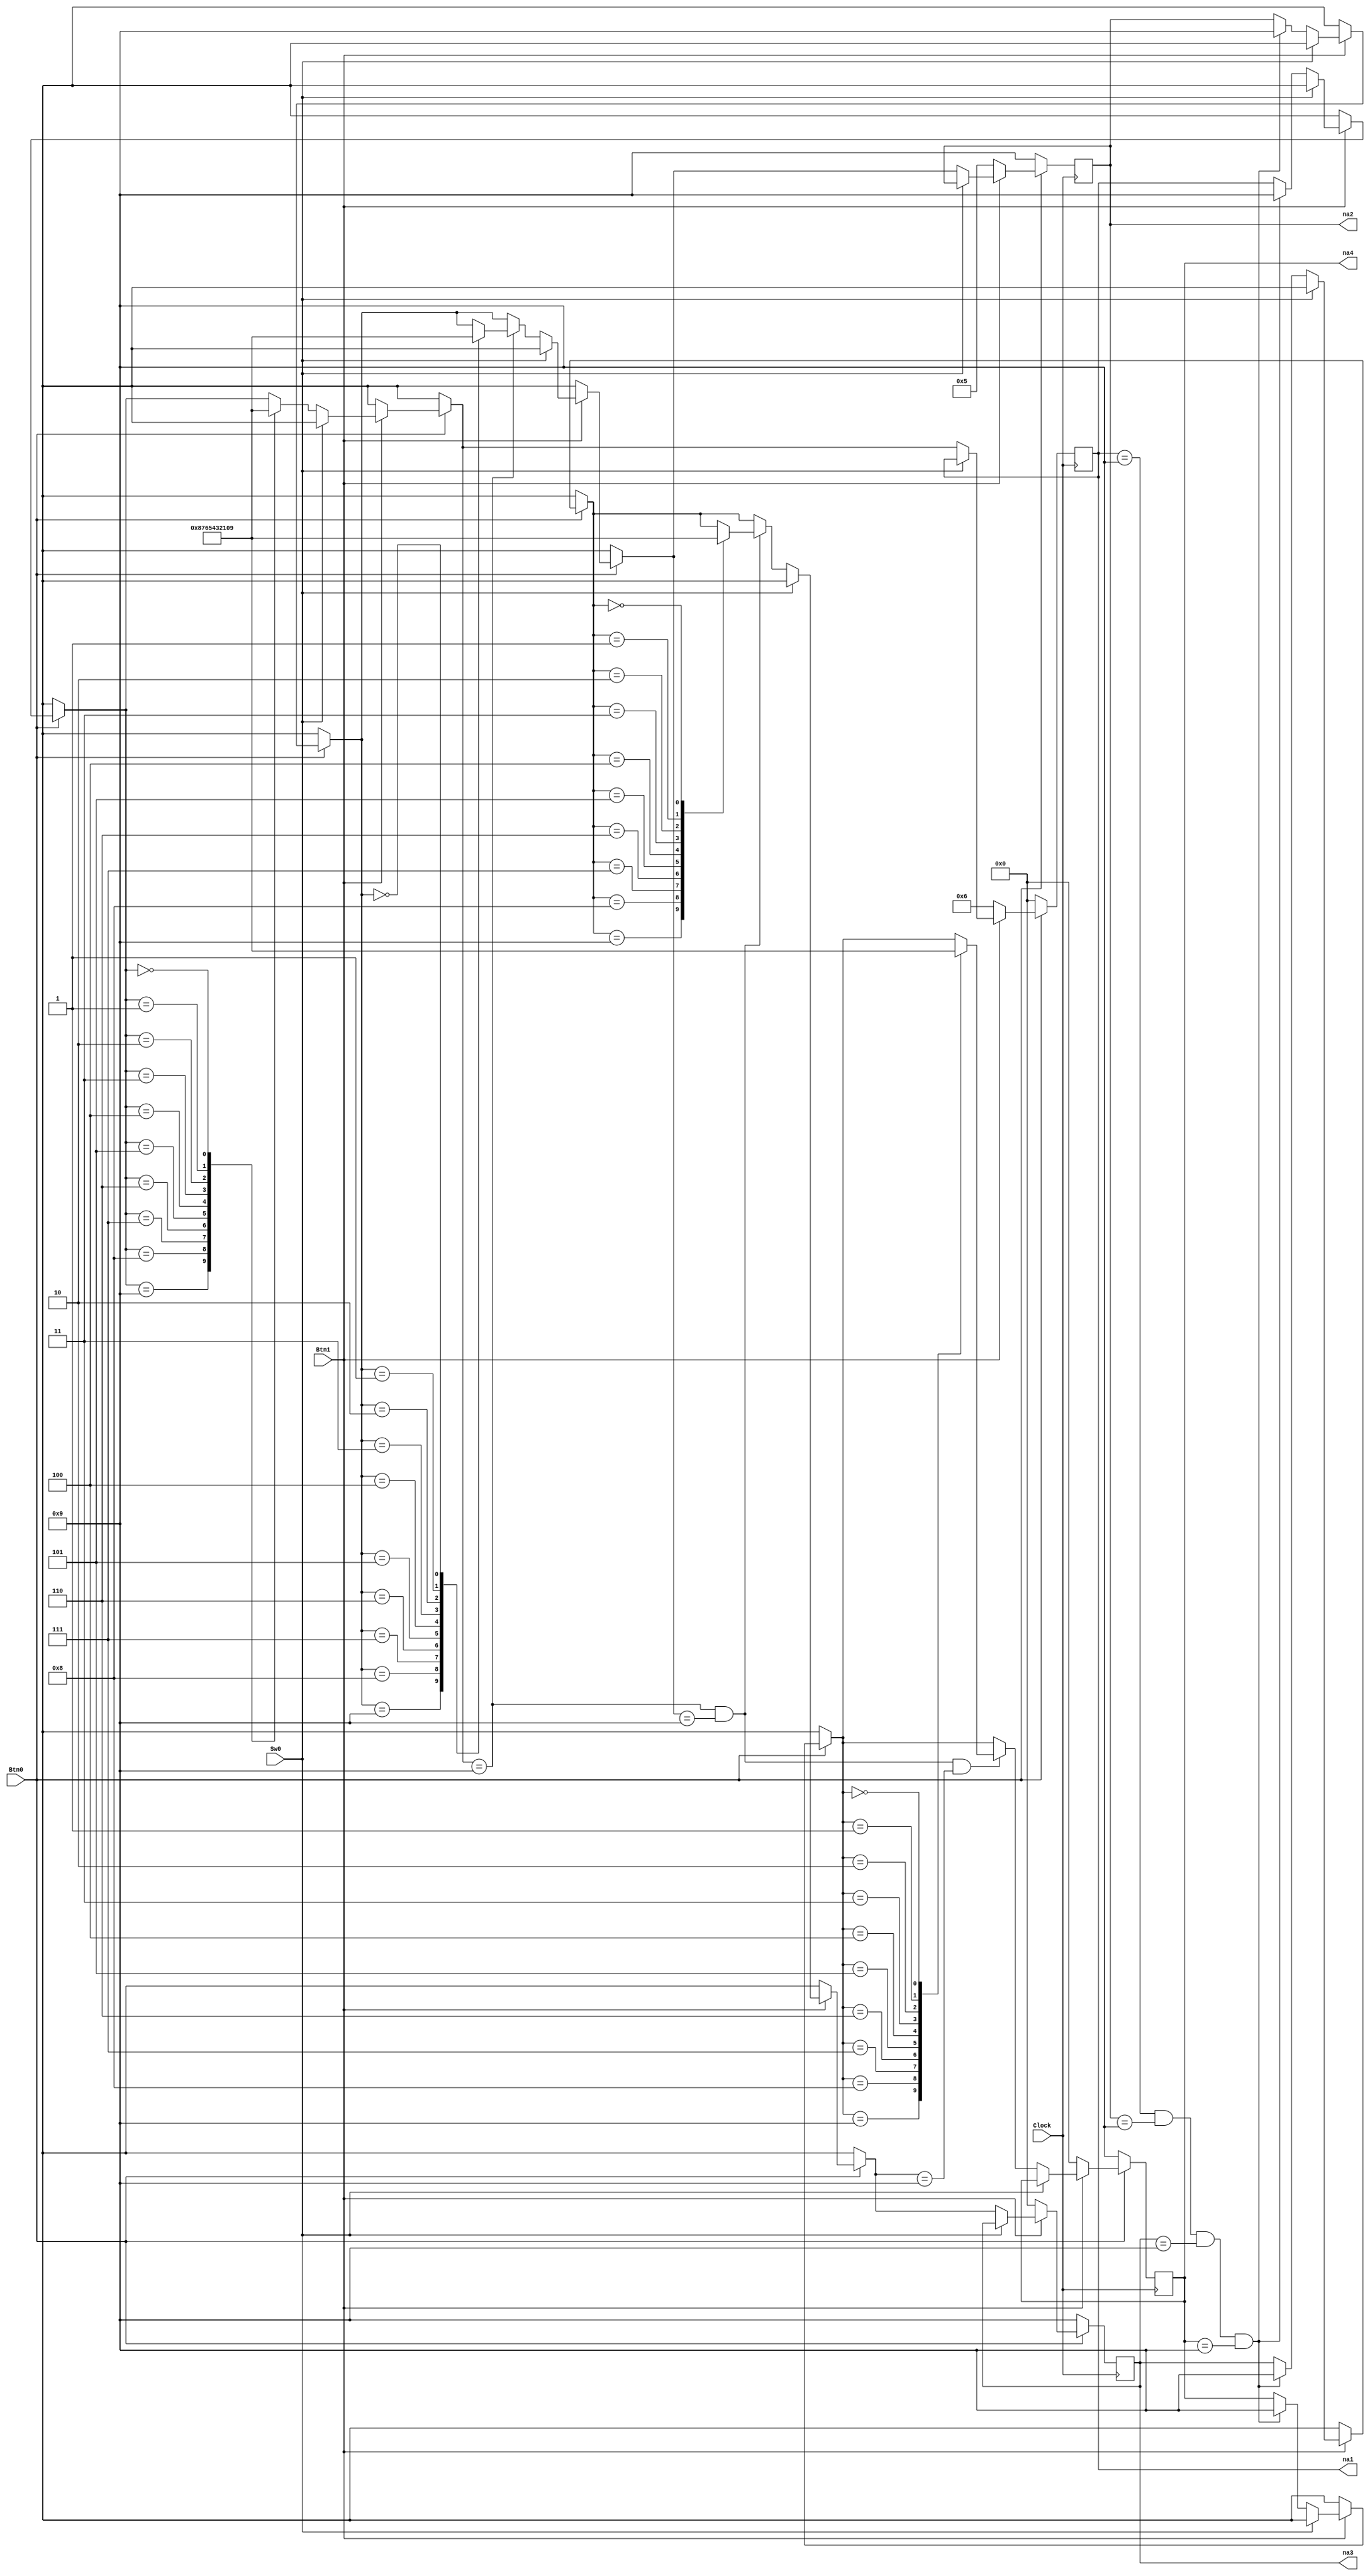
module Projekt(
input Clock,
input Btn0,
input Btn1,
input Sw0,
output reg [3:0] na1,
output reg [3:0] na2,
output reg [3:0] na3,
output reg [3:0] na4
    );

always @(posedge Clock)
	begin
		if(Btn0 == 0)//reset
			begin
				na1 = 4'b0000;	//na prawo
				na2 = 4'b1001;	
				na3 = 4'b1001;	
				na4 = 4'b1001;//na lewo		
			end
		
		else if(Btn1 == 0)//set 55
			begin
				na4 = 4'b0000;	
				na3 = 4'b0000;	
				na2 = 4'b0101;	
				na1 = 4'b0110;		
			end
		
		else if(Sw0 == 0)//stop
			begin
			
		if(na1 == 4'b1001 && na2 == 4'b1001 && na3 == 4'b1001 && na4 == 4'b1001) begin//ptla
			na1 = 4'b1001;	
			na2 = 4'b1001;	
			na3 = 4'b1001;	
			na4 = 4'b1001;
		end
					
			case (na1)
				4'b1001:
					na1 = 4'b1000;
				4'b1000:
					na1 = 4'b0111;
				4'b0111:
					na1 = 4'b0110;
				4'b0110:
					na1 = 4'b0101;
				4'b0101:
					na1 = 4'b0100;
				4'b0100:
					na1 = 4'b0011;
				4'b0011:
					na1 = 4'b0010;
				4'b0010:
					na1 = 4'b0001;
				4'b0001:
					na1 = 4'b0000;	
				4'b0000:
					na1 = 4'b1001;
				endcase
				
				if(na1 == 4'b1001) begin
			case (na2)
				4'b1001:
					na2 = 4'b1000;
				4'b1000:
					na2 = 4'b0111;
				4'b0111:
					na2 = 4'b0110;
				4'b0110:
					na2 = 4'b0101;
				4'b0101:
					na2 = 4'b0100;
				4'b0100:
					na2 = 4'b0011;
				4'b0011:
					na2 = 4'b0010;
				4'b0010:
					na2 = 4'b0001;
				4'b0001:
					na2 = 4'b0000;	
				4'b0000:
					na2 = 4'b1001;
				endcase
				end
				
				if(na1 == 4'b1001 && na2 == 4'b1001) begin
			case (na3)
				4'b1001:
					na3 = 4'b1000;
				4'b1000:
					na3 = 4'b0111;
				4'b0111:
					na3 = 4'b0110;
				4'b0110:
					na3 = 4'b0101;
				4'b0101:
					na3 = 4'b0100;
				4'b0100:
					na3 = 4'b0011;
				4'b0011:
					na3 = 4'b0010;
				4'b0010:
					na3 = 4'b0001;
				4'b0001:
					na3 = 4'b0000;	
				4'b0000:
					na3 = 4'b1001;
				endcase
				end
				
				if(na1 == 4'b1001 && na2 == 4'b1001 && na3 == 4'b1001) begin
			case (na4)
				4'b1001:
					na4 = 4'b1000;
				4'b1000:
					na4 = 4'b0111;
				4'b0111:
					na4 = 4'b0110;
				4'b0110:
					na4 = 4'b0101;
				4'b0101:
					na4 = 4'b0100;
				4'b0100:
					na4 = 4'b0011;
				4'b0011:
					na4 = 4'b0010;
				4'b0010:
					na4 = 4'b0001;
				4'b0001:
					na4 = 4'b0000;	
				4'b0000:
					na4 = 4'b1001;
				endcase
				end
				end
		end
endmodule